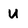
Character: u